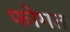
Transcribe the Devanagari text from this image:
फोगत